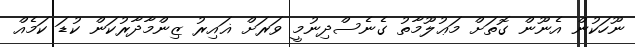
ނޫހަކުން އެނޫން ގޮތަށް މަޢުލޫމާތު ގެނެސްދިނުމީ ވަރަށް ޣައިރު ޒިންމާދާރުކަން ކުޑަ ކަމެއް